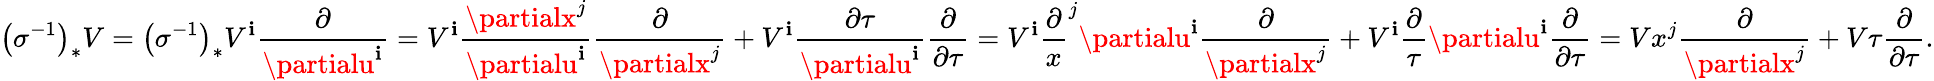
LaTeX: \left(\sigma^{-1}\right)_{*}V=\left(\sigma^{-1}\right)_{*}V^{\mathbf{i}}{\frac{{\partial}}{{\partialu^{\mathbf{i}}}}}=V^{\mathbf{i}}{\frac{{\partialx^{j}}}{{\partialu^{\mathbf{i}}}}}{\frac{{\partial}}{{\partialx^{j}}}}+V^{\mathbf{i}}{\frac{{\partial\tau}}{{\partialu^{\mathbf{i}}}}}{\frac{{\partial}}{{\partial\tau}}}=V^{\mathbf{i}}{\frac{{\partial}}{{x}}}^{j}{\partialu^{\mathbf{i}}}{\frac{{\partial}}{{\partialx^{j}}}}+V^{\mathbf{i}}{\frac{{\partial}}{{\tau}}}{\partialu^{\mathbf{i}}}{\frac{{\partial}}{{\partial\tau}}}=Vx^{j}{\frac{{\partial}}{{\partialx^{j}}}}+V\tau{\frac{{\partial}}{{\partial\tau}}}.